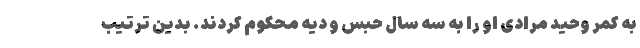
به کمر وحید مرادی او را به سه سال حبس و دیه محکوم کردند. بدین ترتیب